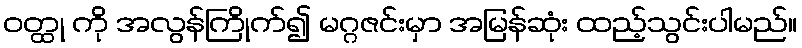
ဝတ္ထု ကို အလွန်ကြိုက်၍ မဂ္ဂဇင်းမှာ အမြန်ဆုံး ထည့်သွင်းပါမည်။